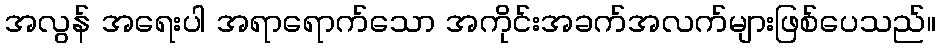
အလွန် အရေးပါ အရာရောက်သော အကိုင်းအခက်အလက်များဖြစ်ပေသည်။